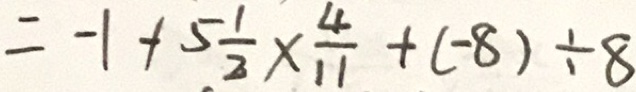
= - 1 + 5 \frac { 1 } { 2 } \times \frac { 4 } { 1 1 } + ( - 8 ) \div 8